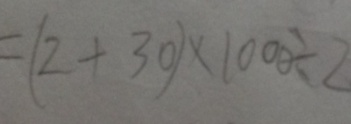
= ( 2 + 3 0 ) \times 1 0 0 0 \div 2